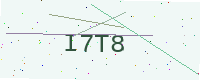
Text: I7T8